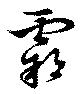
霸